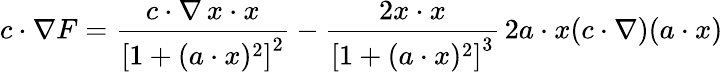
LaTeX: c\cdot\nabla F={\frac{c\cdot\nabla\, x\cdot x}{\left[1+(a\cdot x)^{2}\right]^{2}}}-{\frac{2x\cdot x}{\left[1+(a\cdot x)^{2}\right]^{3}}}\, 2a\cdot x(c\cdot\nabla)(a\cdot x)